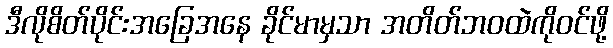
ဒီလိုစိတ်ပိုင်းအခြေအနေ ခိုင်မာမှသာ အတိတ်ဘဝထဲကိုဝင်ဖို့